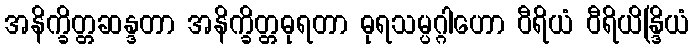
အနိက္ခိတ္တဆန္ဒတာ အနိက္ခိတ္တဓုရတာ ဓုရသမ္ပဂ္ဂါဟော ဝီရိယံ ဝီရိယိန္ဒြိယံ